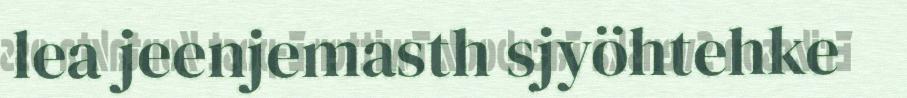
lea jeenjemasth sjyöhtehke